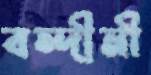
বন্দীনী